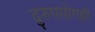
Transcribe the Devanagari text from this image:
दुरुपयोगही